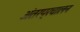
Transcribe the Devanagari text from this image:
अंतरप्रचालन